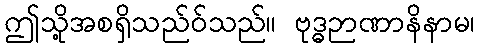
ဤသို့အစရှိသည်ဝ်သည်။ ဗုဒ္ဓဉာဏာနိနာမ၊